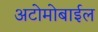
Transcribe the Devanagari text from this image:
अटोमोबाईल